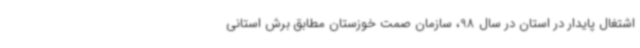
اشتغال پایدار در استان در سال 98، سازمان صمت خوزستان مطابق برش استانی